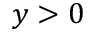
y > 0